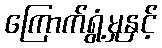
ကြောက်ရွံ့မှုနှင့်